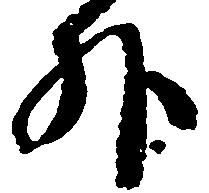
外